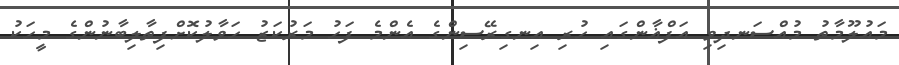
މައުލޫމާތު މުއްސަނދިވި އަފްޣާންގައި ހުރި އިނގިރޭސިންގެ އެންމެ ފަހު މަރުކަޒު ހަވާލުކޮށްފިތާލިބާނުންގެ މީހަކު